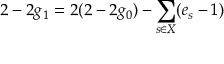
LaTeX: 2 - 2 g _ { 1 } = 2 ( 2 - 2 g _ { 0 } ) - \sum _ { s \in X } ( e _ { s } - 1 )